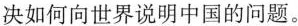
决如何向世界说明中国的问题。